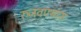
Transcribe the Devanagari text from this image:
रुजवण्यास